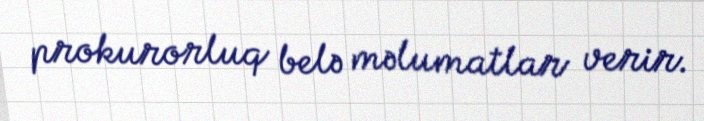
prokurorluq belə məlumatlar verir.